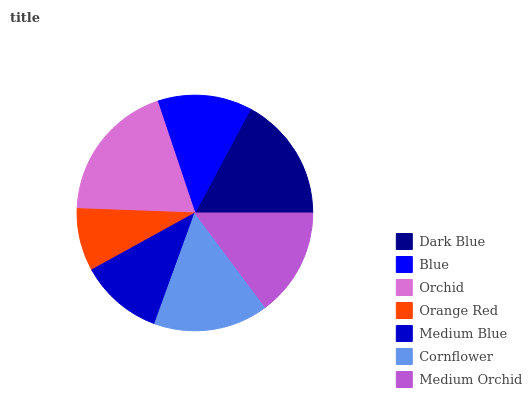
| Dark Blue | Blue | Orchid | Orange Red | Medium Blue | Cornflower | Medium Orchid |
 | --- | --- | --- | --- | --- | --- | --- |
 | 17.2% | 13% | 19.3% | 8.61% | 11.4% | 15.8% | 14.8% |